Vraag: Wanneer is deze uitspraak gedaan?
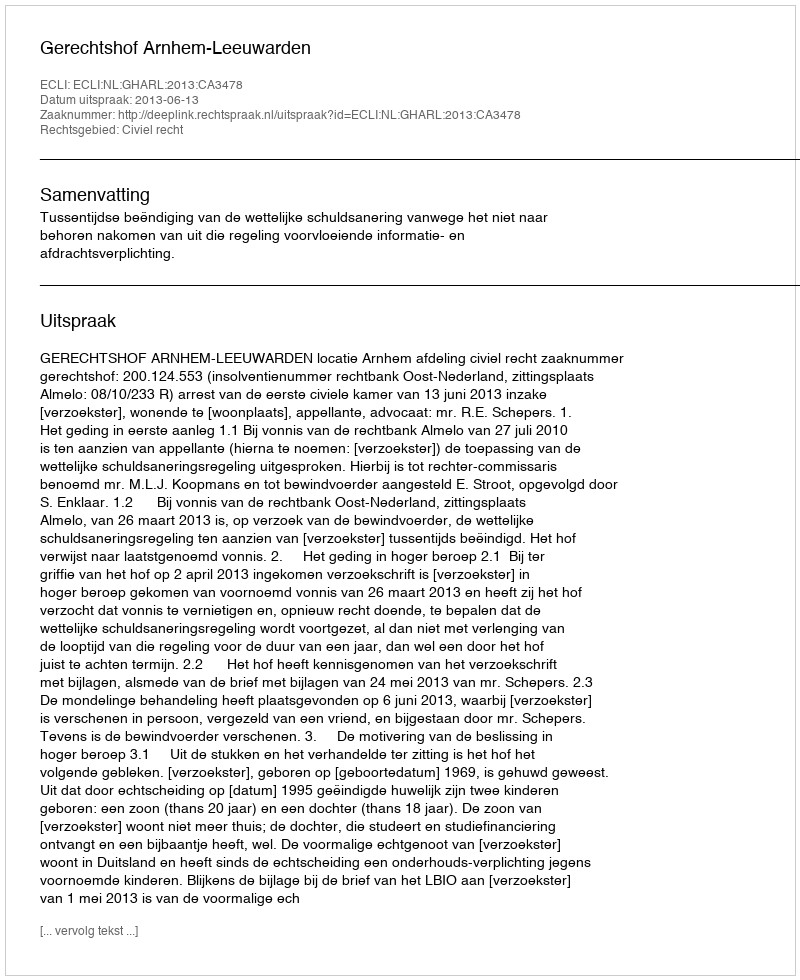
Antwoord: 2013-06-13